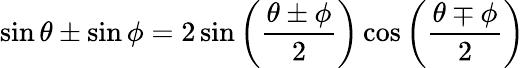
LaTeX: \sin\theta\pm\sin\phi=2\sin\left({\frac{\theta\pm\phi}{2}}\right)\cos\left({\frac{\theta\mp\phi}{2}}\right)